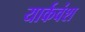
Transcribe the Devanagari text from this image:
यार्कवंश